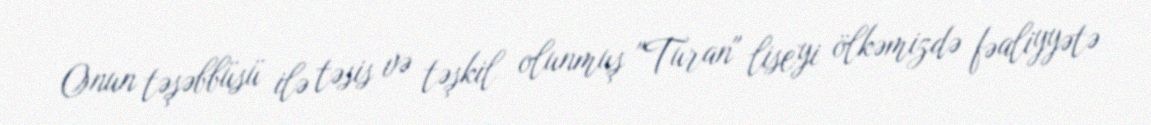
Onun təşəbbüsü ilə təsis və təşkil olunmuş "Turan" liseyi ölkəmizdə fəaliyyətə